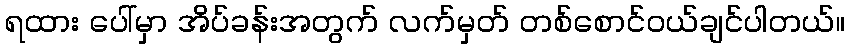
ရထား ပေါ်မှာ အိပ်ခန်းအတွက် လက်မှတ် တစ်စောင်ဝယ်ချင်ပါတယ်။